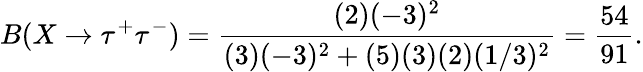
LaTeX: B(X\rightarrow\tau^{+}\tau^{-})={\frac{(2)(-3)^{2}}{(3)(-3)^{2}+(5)(3)(2)(1/3)^{2}}}={\frac{54}{91}}.